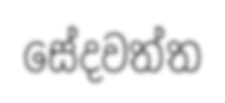
සේදවත්ත